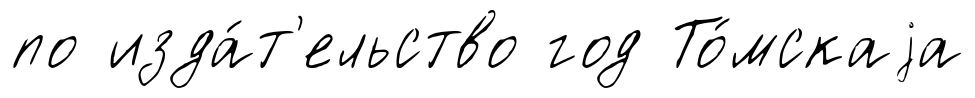
по изда́т'ельство год То́мскаjа